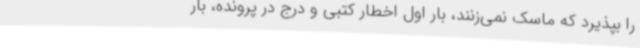
را بپذیرد که ماسک نمی‌زنند، بار اول اخطار کتبی و درج در پرونده، بار